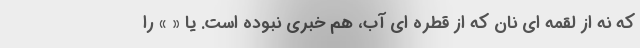
که نه از لقمه ای نان که از قطره ای آب، هم خبری نبوده است. یا « » را